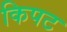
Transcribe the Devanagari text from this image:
किपट